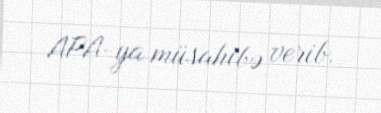
APA-ya müsahibə verib.